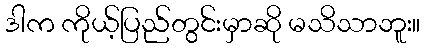
ဒါက ကိုယ့်ပြည်တွင်းမှာဆို မသိသာဘူး။